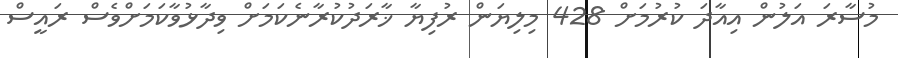
މުސާރަ އަލުން އިއާދަ ކުރުމަށް 428 މިލިޔަން ރުފިޔާ ޚާރަދުކުރާނެކަމަށް ވިދާޅުވާކަމަށްވެސް ރައީސް